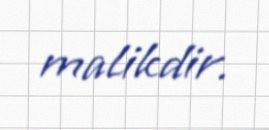
malikdir.